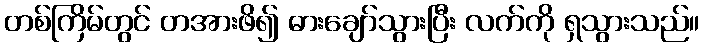
တစ်ကြိမ်တွင် တအားဖိ၍ ဓားချော်သွားပြီး လက်ကို ရှသွားသည်။